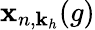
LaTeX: \mathbf{x}_{n,\mathbf{{k}}_{h}}(g)